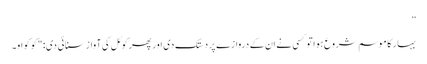
”
بہار کا موسم شروع ہوا تو کسی نے ان کے دروازے پر دستک دی اور پھر کوئل کی آواز سنائی دی: "کو کواو۔